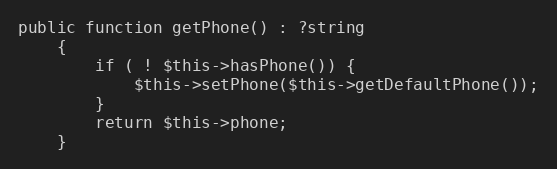
Language: PHP
public function getPhone() : ?string
    {
        if ( ! $this->hasPhone()) {
            $this->setPhone($this->getDefaultPhone());
        }
        return $this->phone;
    }